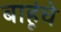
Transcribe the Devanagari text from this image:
बाहूंचे